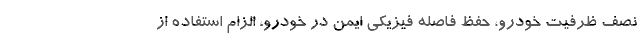
نصف ظرفیت خودرو، حفظ فاصله فیزیکی ایمن در خودرو، الزام استفاده از